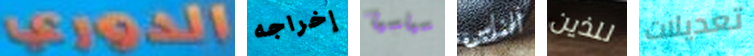
الدوري إخراجه سياسيا الناس للذين تعديلات